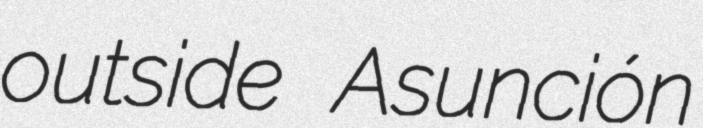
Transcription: outside Asunción